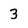
Character: 3